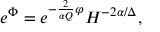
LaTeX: e ^ { \Phi } = e ^ { - \frac { 2 } { \alpha Q } \varphi } H ^ { - 2 \alpha / \Delta } ,